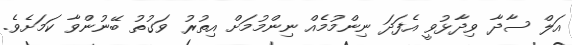
އަލް ސާދާ ވިދާޅުވީ އެފަދަ ނިންމުމެއް ނިންމުމަށް އިތުރު ވަގުތު ބޭނުންވާ ކަމަށެވެ.